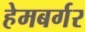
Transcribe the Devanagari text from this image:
हेमबर्गर